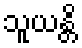
သူယန္တိ